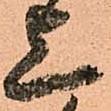
上